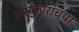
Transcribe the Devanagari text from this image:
संस्कारांच्या